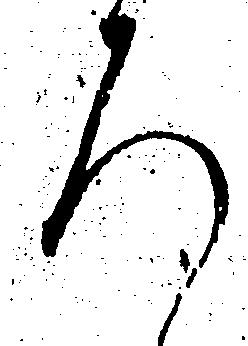
ろ